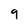
Character: 9